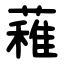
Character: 䕌